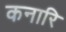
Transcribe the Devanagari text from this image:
कनारि